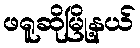
ဖရူဆိုမြို့နယ်